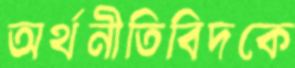
অর্থনীতিবিদকে